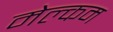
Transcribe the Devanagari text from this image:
मेल्‍कम